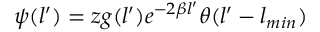
\psi ( l ^ { \prime } ) = z g ( l ^ { \prime } ) e ^ { - 2 \beta l ^ { \prime } } \theta ( l ^ { \prime } - l _ { m i n } )